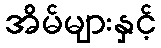
အိမ်များနှင့်